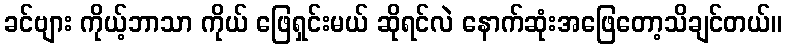
ခင်ဗျား ကိုယ့်ဘာသာ ကိုယ် ဖြေရှင်းမယ် ဆိုရင်လဲ နောက်ဆုံးအဖြေတော့သိချင်တယ်။